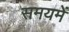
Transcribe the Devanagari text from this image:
समयमें